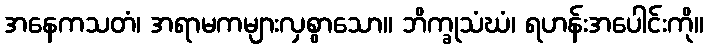
အနေကသတံ၊ အရာမကများလှစွာသော။ ဘိက္ခုသံဃံ၊ ရဟန်းအပေါင်းကို။